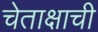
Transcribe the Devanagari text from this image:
चेताक्षाची